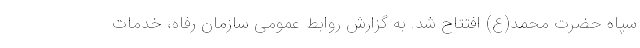
سپاه حضرت محمد(ع) افتتاح شد. به گزارش روابط عمومی سازمان رفاه، خدمات